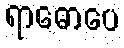
ရာဓောပေ